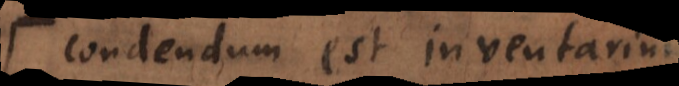
Condendum est inventarium